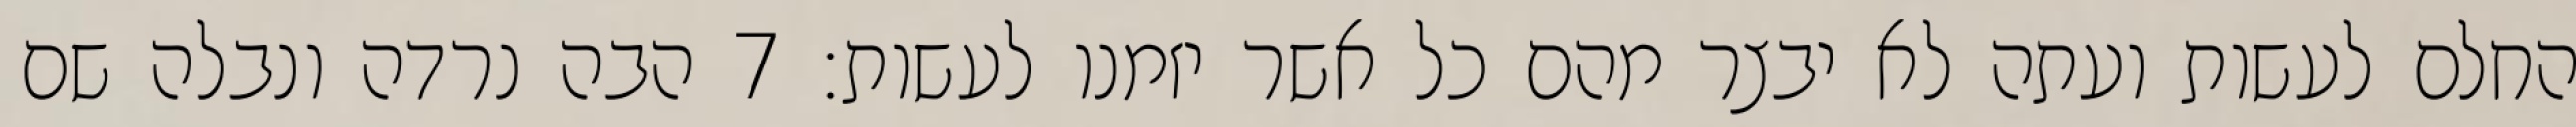
החלם לעשות ועתה לא יבצר מהם כל אשר יזמנו לעשות׃ ‎7‏ הבה נרדה ונבלה שם